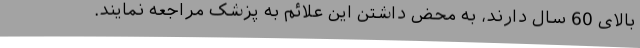
بالای 60 سال دارند، به محض داشتن این علائم به پزشک مراجعه نمایند.